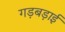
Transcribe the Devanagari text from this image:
गड़बड़ाई